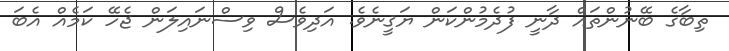
ތިބާގެ ބޭނުންތައް ދާނީ ފުދެމުންކަން ޔަޤީނެވެ. އަދިވެސް ވިސްނައިލަން ޖެހޭ ކަމެއް އެބަ